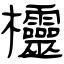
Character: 欞